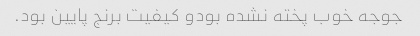
جوجه خوب پخته نشده بودو کیفیت برنج پایین بود.